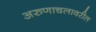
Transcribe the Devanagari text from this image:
अरुणाचलावरील